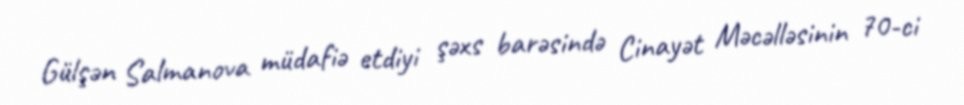
Gülşən Salmanova müdafiə etdiyi şəxs barəsində Cinayət Məcəlləsinin 70-ci